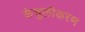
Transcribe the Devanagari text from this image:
केचुलीकरण